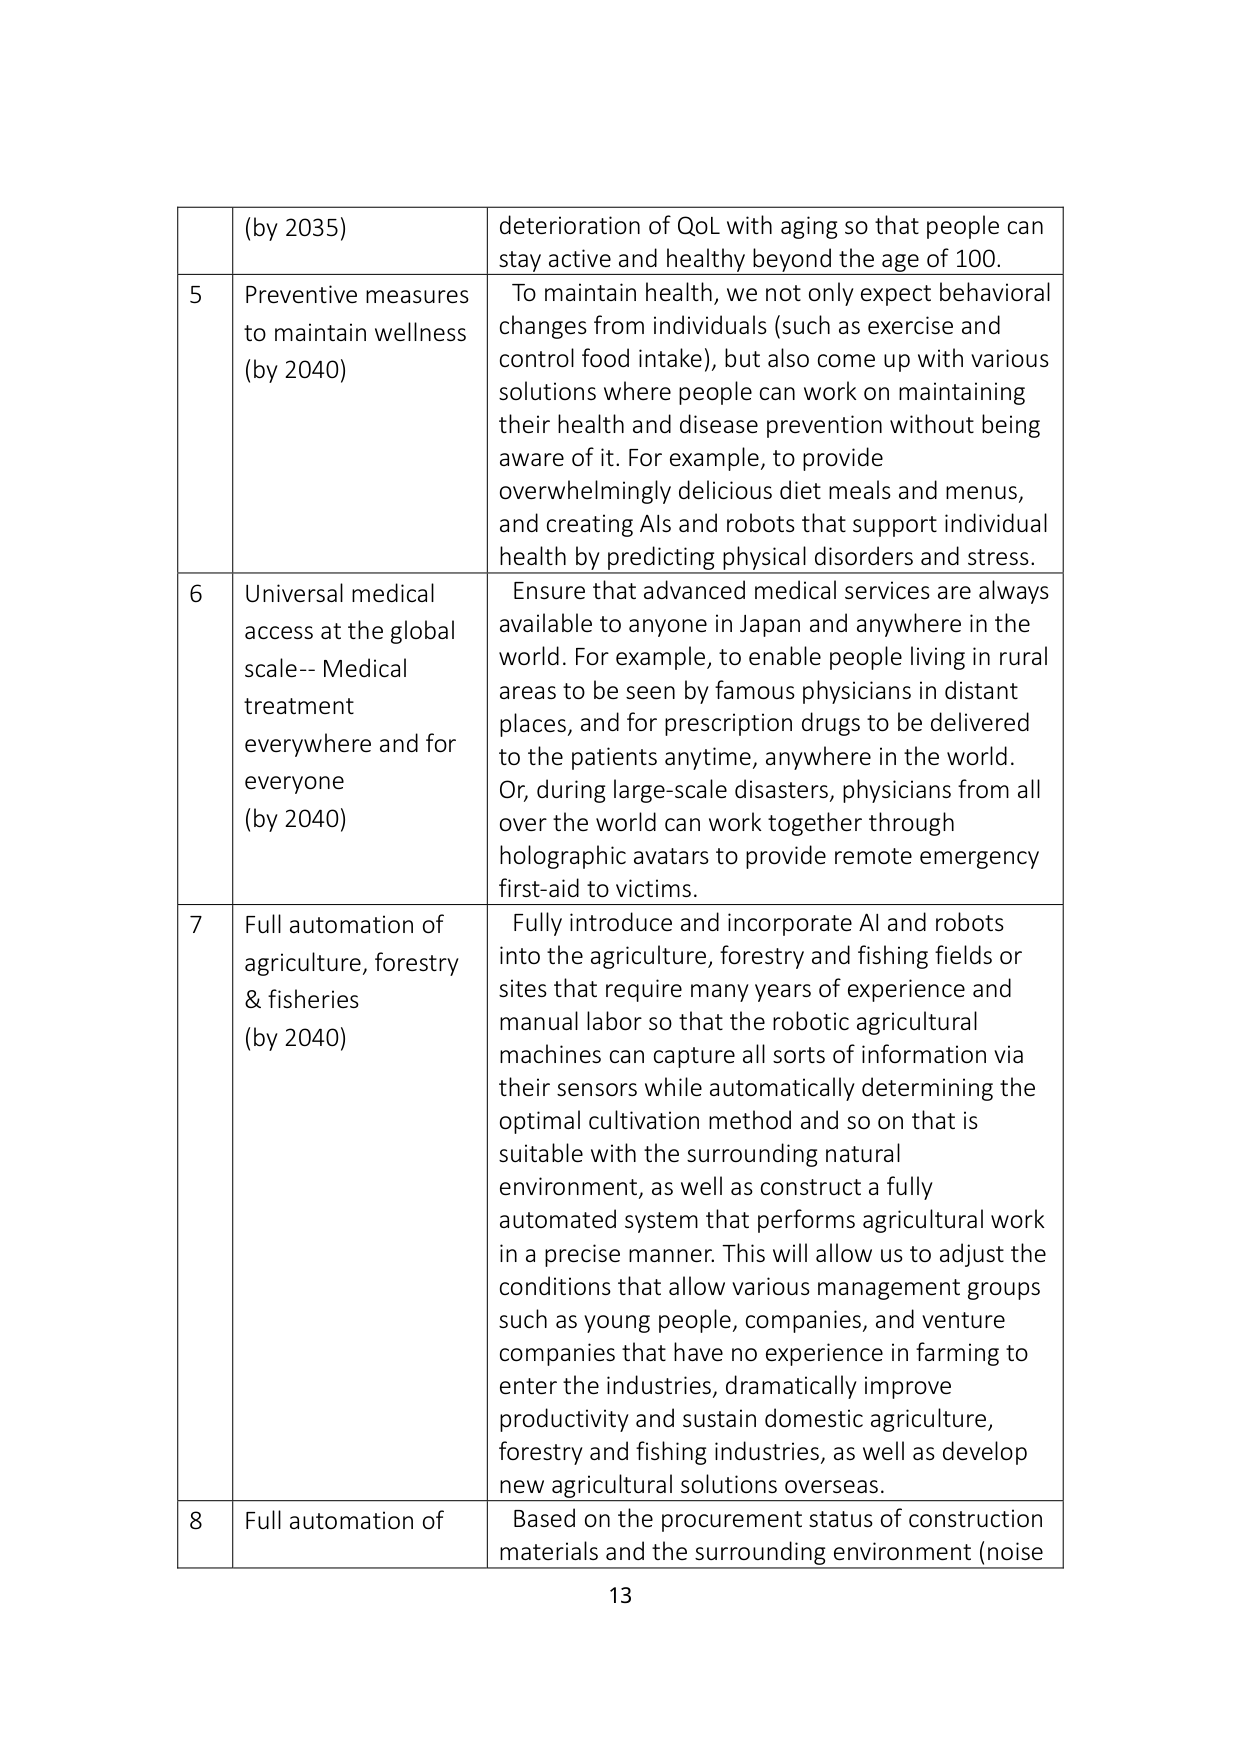
(by 2035) deterioration of QoL with aging so that people can stay active and healthy beyond the age of 100.

5 Preventive measures to maintain wellness (by 2040) To maintain health, we not only expect behavioral changes from individuals (such as exercise and control food intake), but also come up with various solutions where people can work on maintaining their health and disease prevention without being aware of it. For example, to provide overwhelmingly delicious diet meals and menus, and creating AIs and robots that support individual health by predicting physical disorders and stress.

6 Universal medical access at the global scale-- Medical treatment everywhere and for everyone (by 2040) Ensure that advanced medical services are always available to anyone in Japan and anywhere in the world. For example, to enable people living in rural areas to be seen by famous physicians in distant places, and for prescription drugs to be delivered to the patients anytime, anywhere in the world. Or, during large-scale disasters, physicians from all over the world can work together through holographic avatars to provide remote emergency first-aid to victims.

7 Full automation of agriculture, forestry & fisheries (by 2040) Fully introduce and incorporate AI and robots into the agriculture, forestry and fishing fields or sites that require many years of experience and manual labor so that the robotic agricultural machines can capture all sorts of information via their sensors while automatically determining the optimal cultivation method and so on that is suitable with the surrounding natural environment, as well as construct a fully automated system that performs agricultural work in a precise manner. This will allow us to adjust the conditions that allow various management groups such as young people, companies, and venture companies that have no experience in farming to enter the industries, dramatically improve productivity and sustain domestic agriculture, forestry and fishing industries, as well as develop new agricultural solutions overseas.

8 Full automation of Based on the procurement status of construction materials and the surrounding environment (noise

13